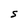
Character: S